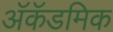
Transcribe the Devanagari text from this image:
अॅकॅडमिक